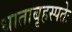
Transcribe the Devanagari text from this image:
धाताबृहस्पतेः